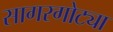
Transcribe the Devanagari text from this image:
सागरगोट्या